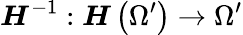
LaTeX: \boldsymbol{H}^{-1}:\boldsymbol{H}\left(\Omega^{\prime}\right)\rightarrow\Omega^{\prime}